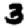
Digit: 3